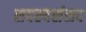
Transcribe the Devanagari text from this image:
सदस्यसंसद